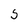
Character: S